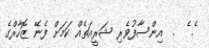
ެ. ެ  .  އިންސާފުވެރި ޝަރީއަތެއް ކަމަށް ފެނޭ ޒޮހާރްގެ